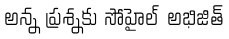
అన్న ప్రశ్నకు సోహైల్ అభిజిత్